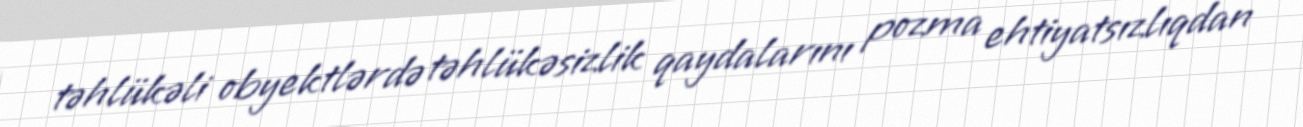
təhlükəli obyektlərdə təhlükəsizlik qaydalarını pozma ehtiyatsızlıqdan